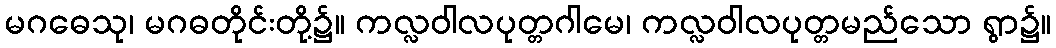
မဂဓေသု၊ မဂဓတိုင်းတို့၌။ ကလ္လဝါလပုတ္တဂါမေ၊ ကလ္လဝါလပုတ္တမည်သော ရွာ၌။